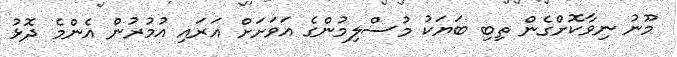
މޫނު ނިވާކޮށްގެން ތިބި ބަޔަކު މުސްލިމުންގެ އަވަށަށް އަރައި އުމުރުން އެންމެ ދޮޅު